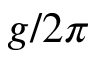
g / 2 \pi